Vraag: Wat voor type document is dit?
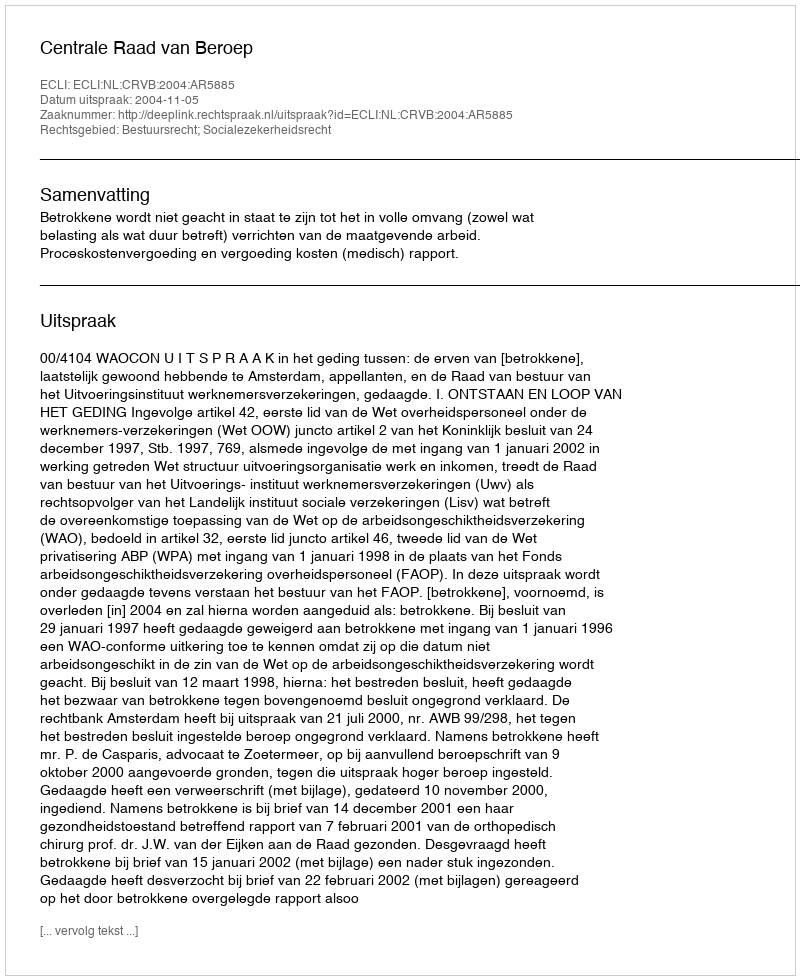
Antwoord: Uitspraak